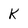
Character: K